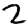
Digit: 2